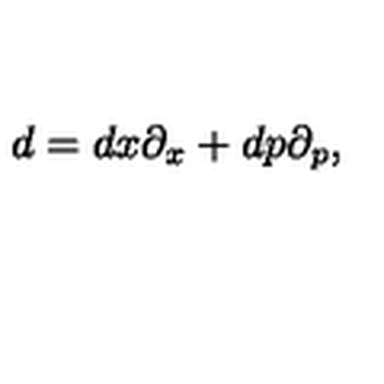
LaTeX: d = d x \partial _ { x } + d p \partial _ { p } ,